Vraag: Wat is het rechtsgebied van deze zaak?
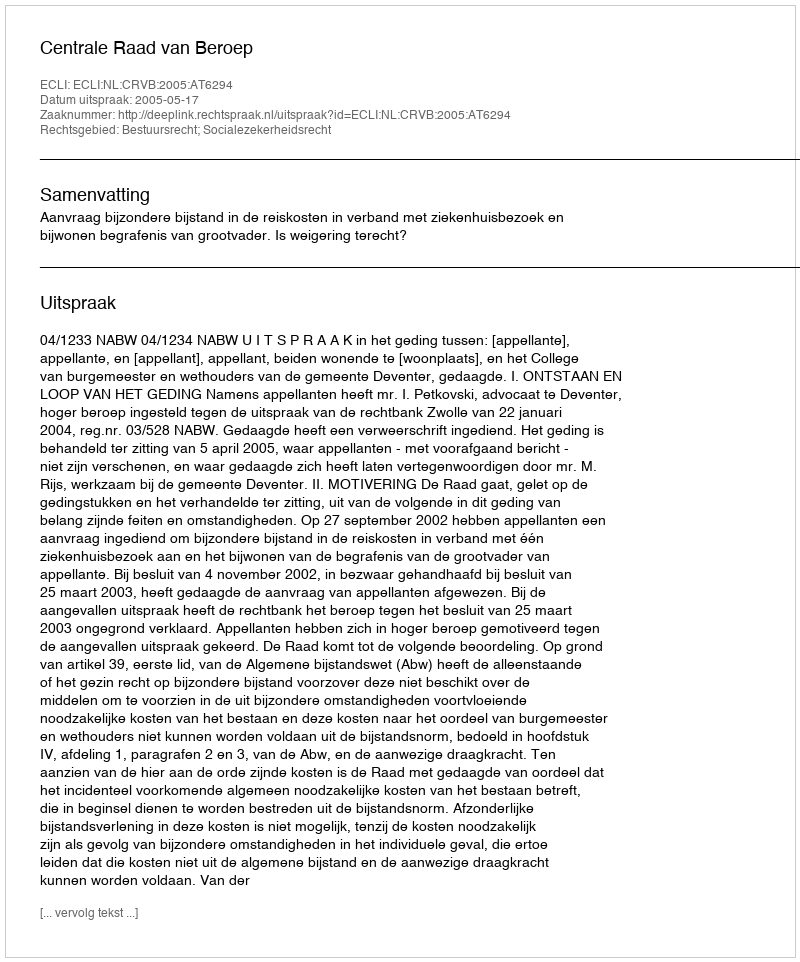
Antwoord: Bestuursrecht; Socialezekerheidsrecht